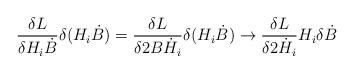
LaTeX: \begin{align*}{\delta L \over \delta H_i \dot B} \delta (H_i \dot B) ={\delta L \over \delta 2 B \dot H_i} \delta (H_i \dot B) \to{\delta L \over \delta 2 \dot H_i} H_i \delta \dot B\end{align*}